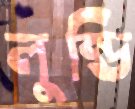
লুন্ডি